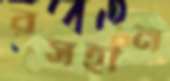
রসহীন